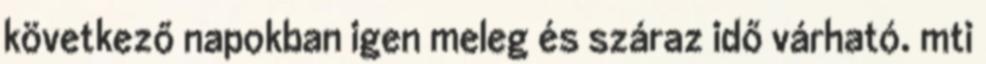
következő napokban igen meleg és száraz idő várható. mti